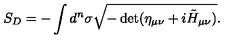
S _ { D } = - \int d ^ { n } \sigma \sqrt { - \det ( \eta _ { \mu \nu } + i \tilde { H } _ { \mu \nu } ) } .